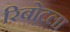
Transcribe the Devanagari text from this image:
रिबोटला